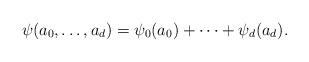
LaTeX: \begin{align*}\psi (a_0 , \dots , a_d ) = \psi_0 (a_0 ) + \dots + \psi_d (a_d ) . \end{align*}